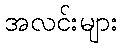
အလင်းများ